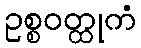
ဥစ္စဝတ္ထုကံ